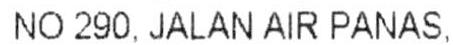
NO 290, JALAN AIR PANAS,